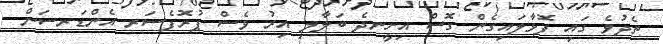
ތެދުވެ ގައި ފޮޅާލައިގެން ގޮސް އިށީނދެ ބަލާލި އިރު ވެސް ޕުރޮފެސަރ އެންޑަރސަން